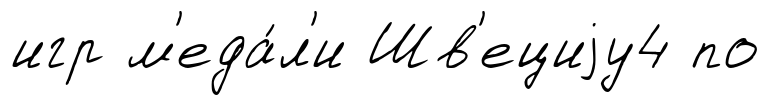
игр м'еда́л'и Шв'ециjу4 по